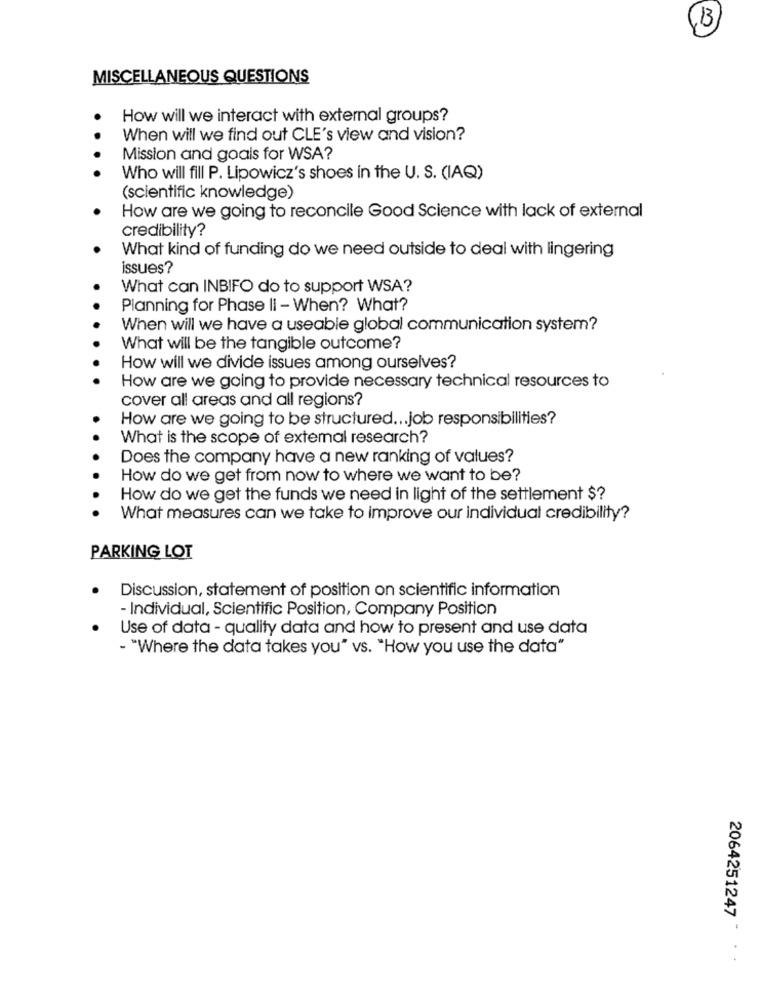
(13)
MISCELLANEOUS QUESTIONS
How will we interact with external groups?
. .
When will we find out CLE's view and vision?
Mission and goals for WSA?
Who will fill P. Lipowicz's shoes in the U. S. (IAQ)
(scientific knowledge)
How are we going to reconcile Good Science with lack of external
credibility?
What kind of funding do we need outside to deal with lingering
issues?
What can INBIFO do to support WSA?
Planning for Phase Ii - When? What?
When will we have a useable global communication system?
What will be the tangible outcome?
How will we divide issues among ourselves?
How are we going to provide necessary technical resources to
cover all areas and all regions?
How are we going to be structured ... job responsibilities?
What is the scope of extemal research?
Does the company have a new ranking of values?
How do we get from now to where we want to be?
How do we get the funds we need in light of the settlement $?
What measures can we take to improve our individual credibility?
PARKING LOT
Discussion, statement of position on scientific information
- Individual, Scientific Position, Company Position
Use of data - quality data and how to present and use data
- "Where the data takes you" vs. "How you use the data"
2064251247 -
. .